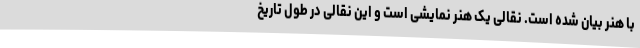
با هنر بیان شده است. نقالی یک هنر نمایشی است و این نقالی در طول تاریخ